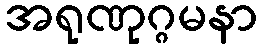
အရုဏုဂ္ဂမနာ